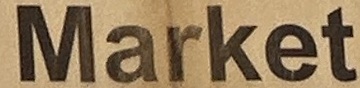
Market